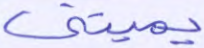
يميتني